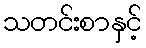
သတင်းစာနှင့်